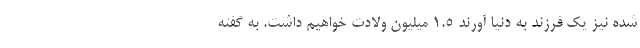
شده نیز یک فرزند به دنیا آورند ۱.۵ میلیون ولادت خواهیم داشت. به گفته